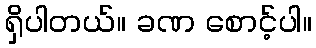
ရှိပါတယ်။ ခဏ စောင့်ပါ။